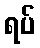
ရပ်